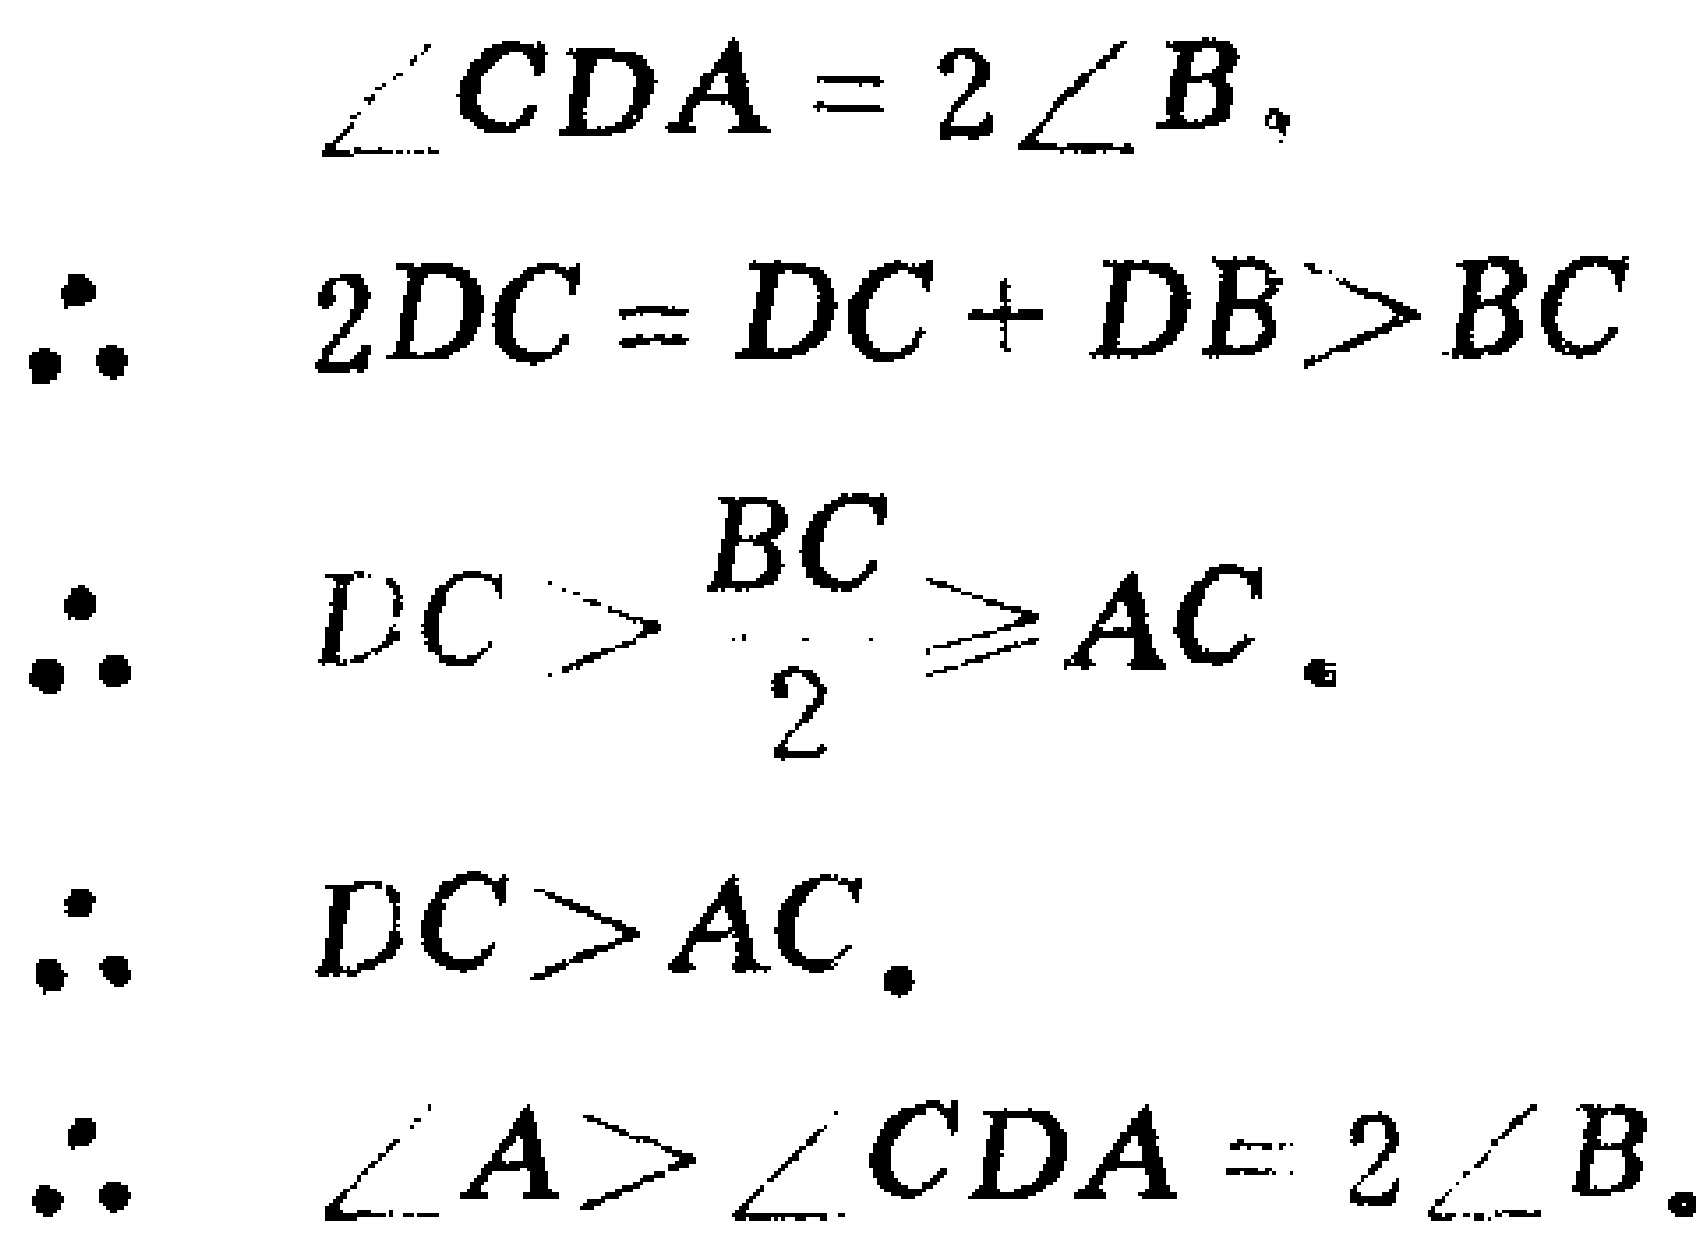
\begin{align*}
\angle CDA&=2\angle B,\\
\therefore\quad 2DC&=DC + DB>BC\\
\therefore\quad DC&>\frac{BC}{2}\geqslant AC.\\
\therefore\quad DC&>AC.\\
\therefore\quad \angle A&>\angle CDA = 2\angle B.
\end{align*}